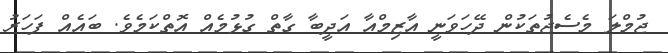
ޖުމްލަ މެސެޖުތަކުން ދޭހަވަނީ އާޒިމްއާ އަދީބާ ގާތް ގުޅުމެއް އޮތްކަމެވެ. ބައެއް ފަހަރު